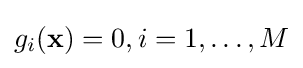
g_{i}(\mathbf {x} )=0,i=1,\dots ,M